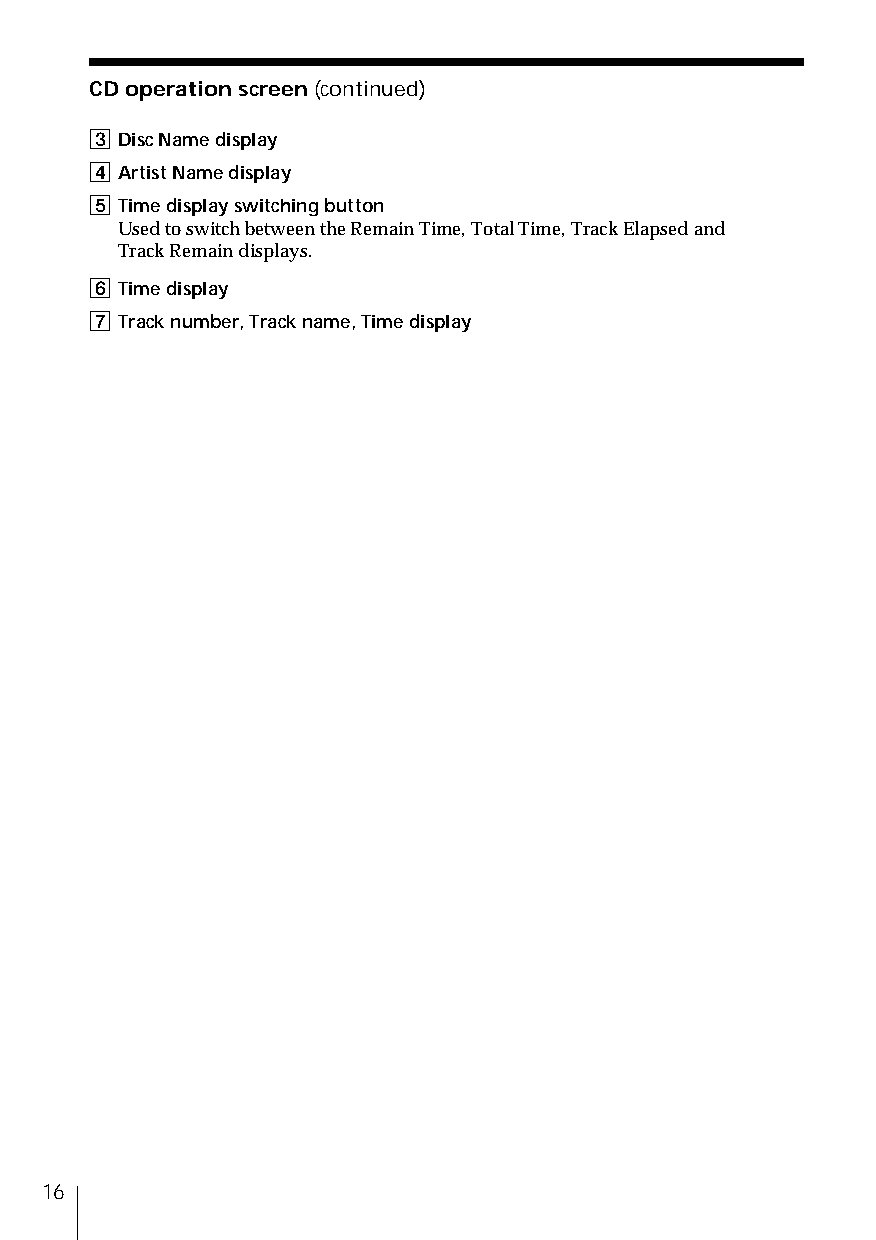
CD operation screen (continued)
 3 Disc Name display
 4 Artist Name display
 5 Time display switching button
 Used to switch between the Remain Time, Total Time, Track Elapsed and
 Track Remain displays.
 6 Time display
 7 Track number, Track name, Time display
 16